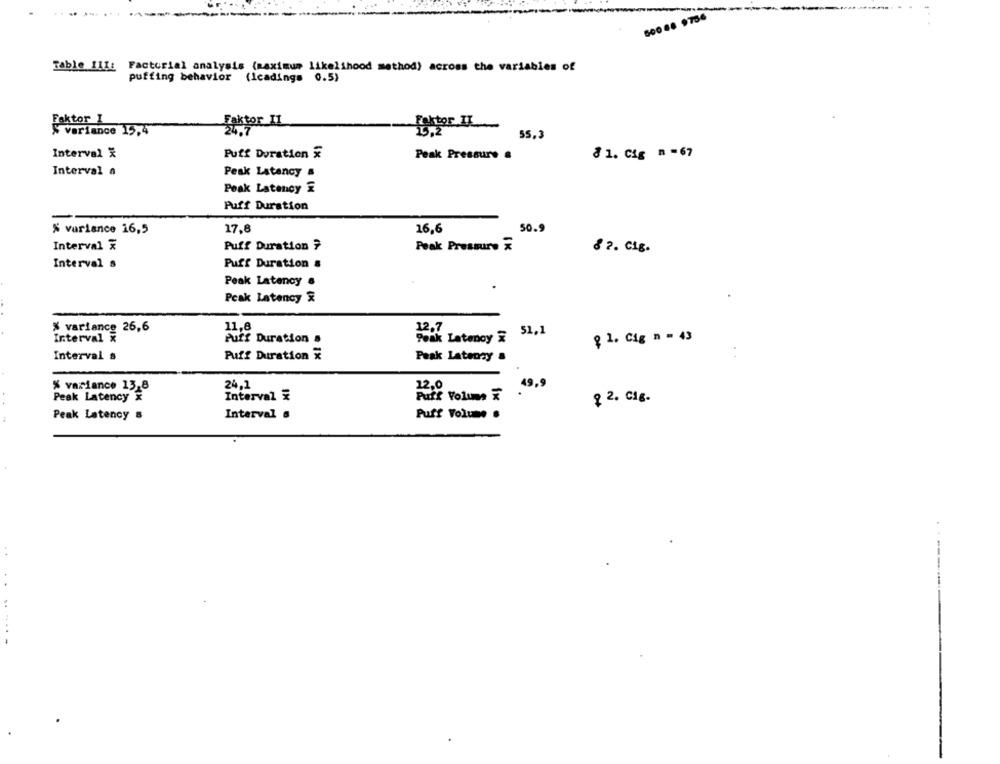
Table 111:
Factorial analysis (maximum likelihood method) across the variables of
puffing behavior
(Icadings 0.5)
Faktor I
Faktor IL
Faktor IL.
% variance 15.4
SS,3
Interval X
Puff Duration &
Peak Pressure .
8 1. Cig n = 67
Interval a
Peak Latency #
Peak Latency £
Puff Duration
17.8
16,6
50.9
% variance 16,5
Interval X
Puff Duration ?
Peak Pressure &
8 ?. C1g.
Interval s
Puff Duration &
Peak Latency .
Peak Latency &
% variance 26,6
12.7
51,1
Interval x
Puts Duration .
Peak Latenoy &
{ 1. Cig n - 43
Interval &
Puff Duration X
Peak Latenay &
:
% variance 13-8
24,1
22.0
49.9
Peak Latency
Interval ₹
Puff Volum 7
2 2. Cl6.
Peak Latency &
Interval 6
Puff Volume .
. .
------